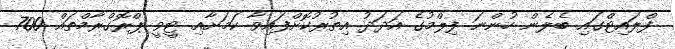
ފްލައިޓްގައި ބެލެން ހުންނަ ފިލްމުގެ އަދަދު އިތުރުކޮށްފައިވާ ކަމަށާއި ޓީވީ ޕްރޮގްރާމްތައް 700